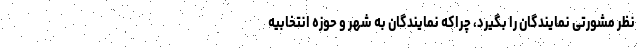
نظر مشورتی نمایندگان را بگیرد، چراکه نمایندگان به شهر و حوزه انتخابیه